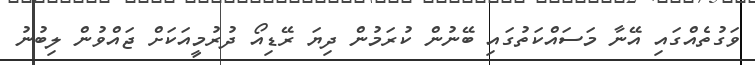
ވަގުތެއްގައި އޭނާ މަސައްކަތުގައި ބޭނުން ކުރަމުން ދިޔަ ރޭޑިއޯ ދުރުމީއަކަށް ޖައްވުން ލިބުނު